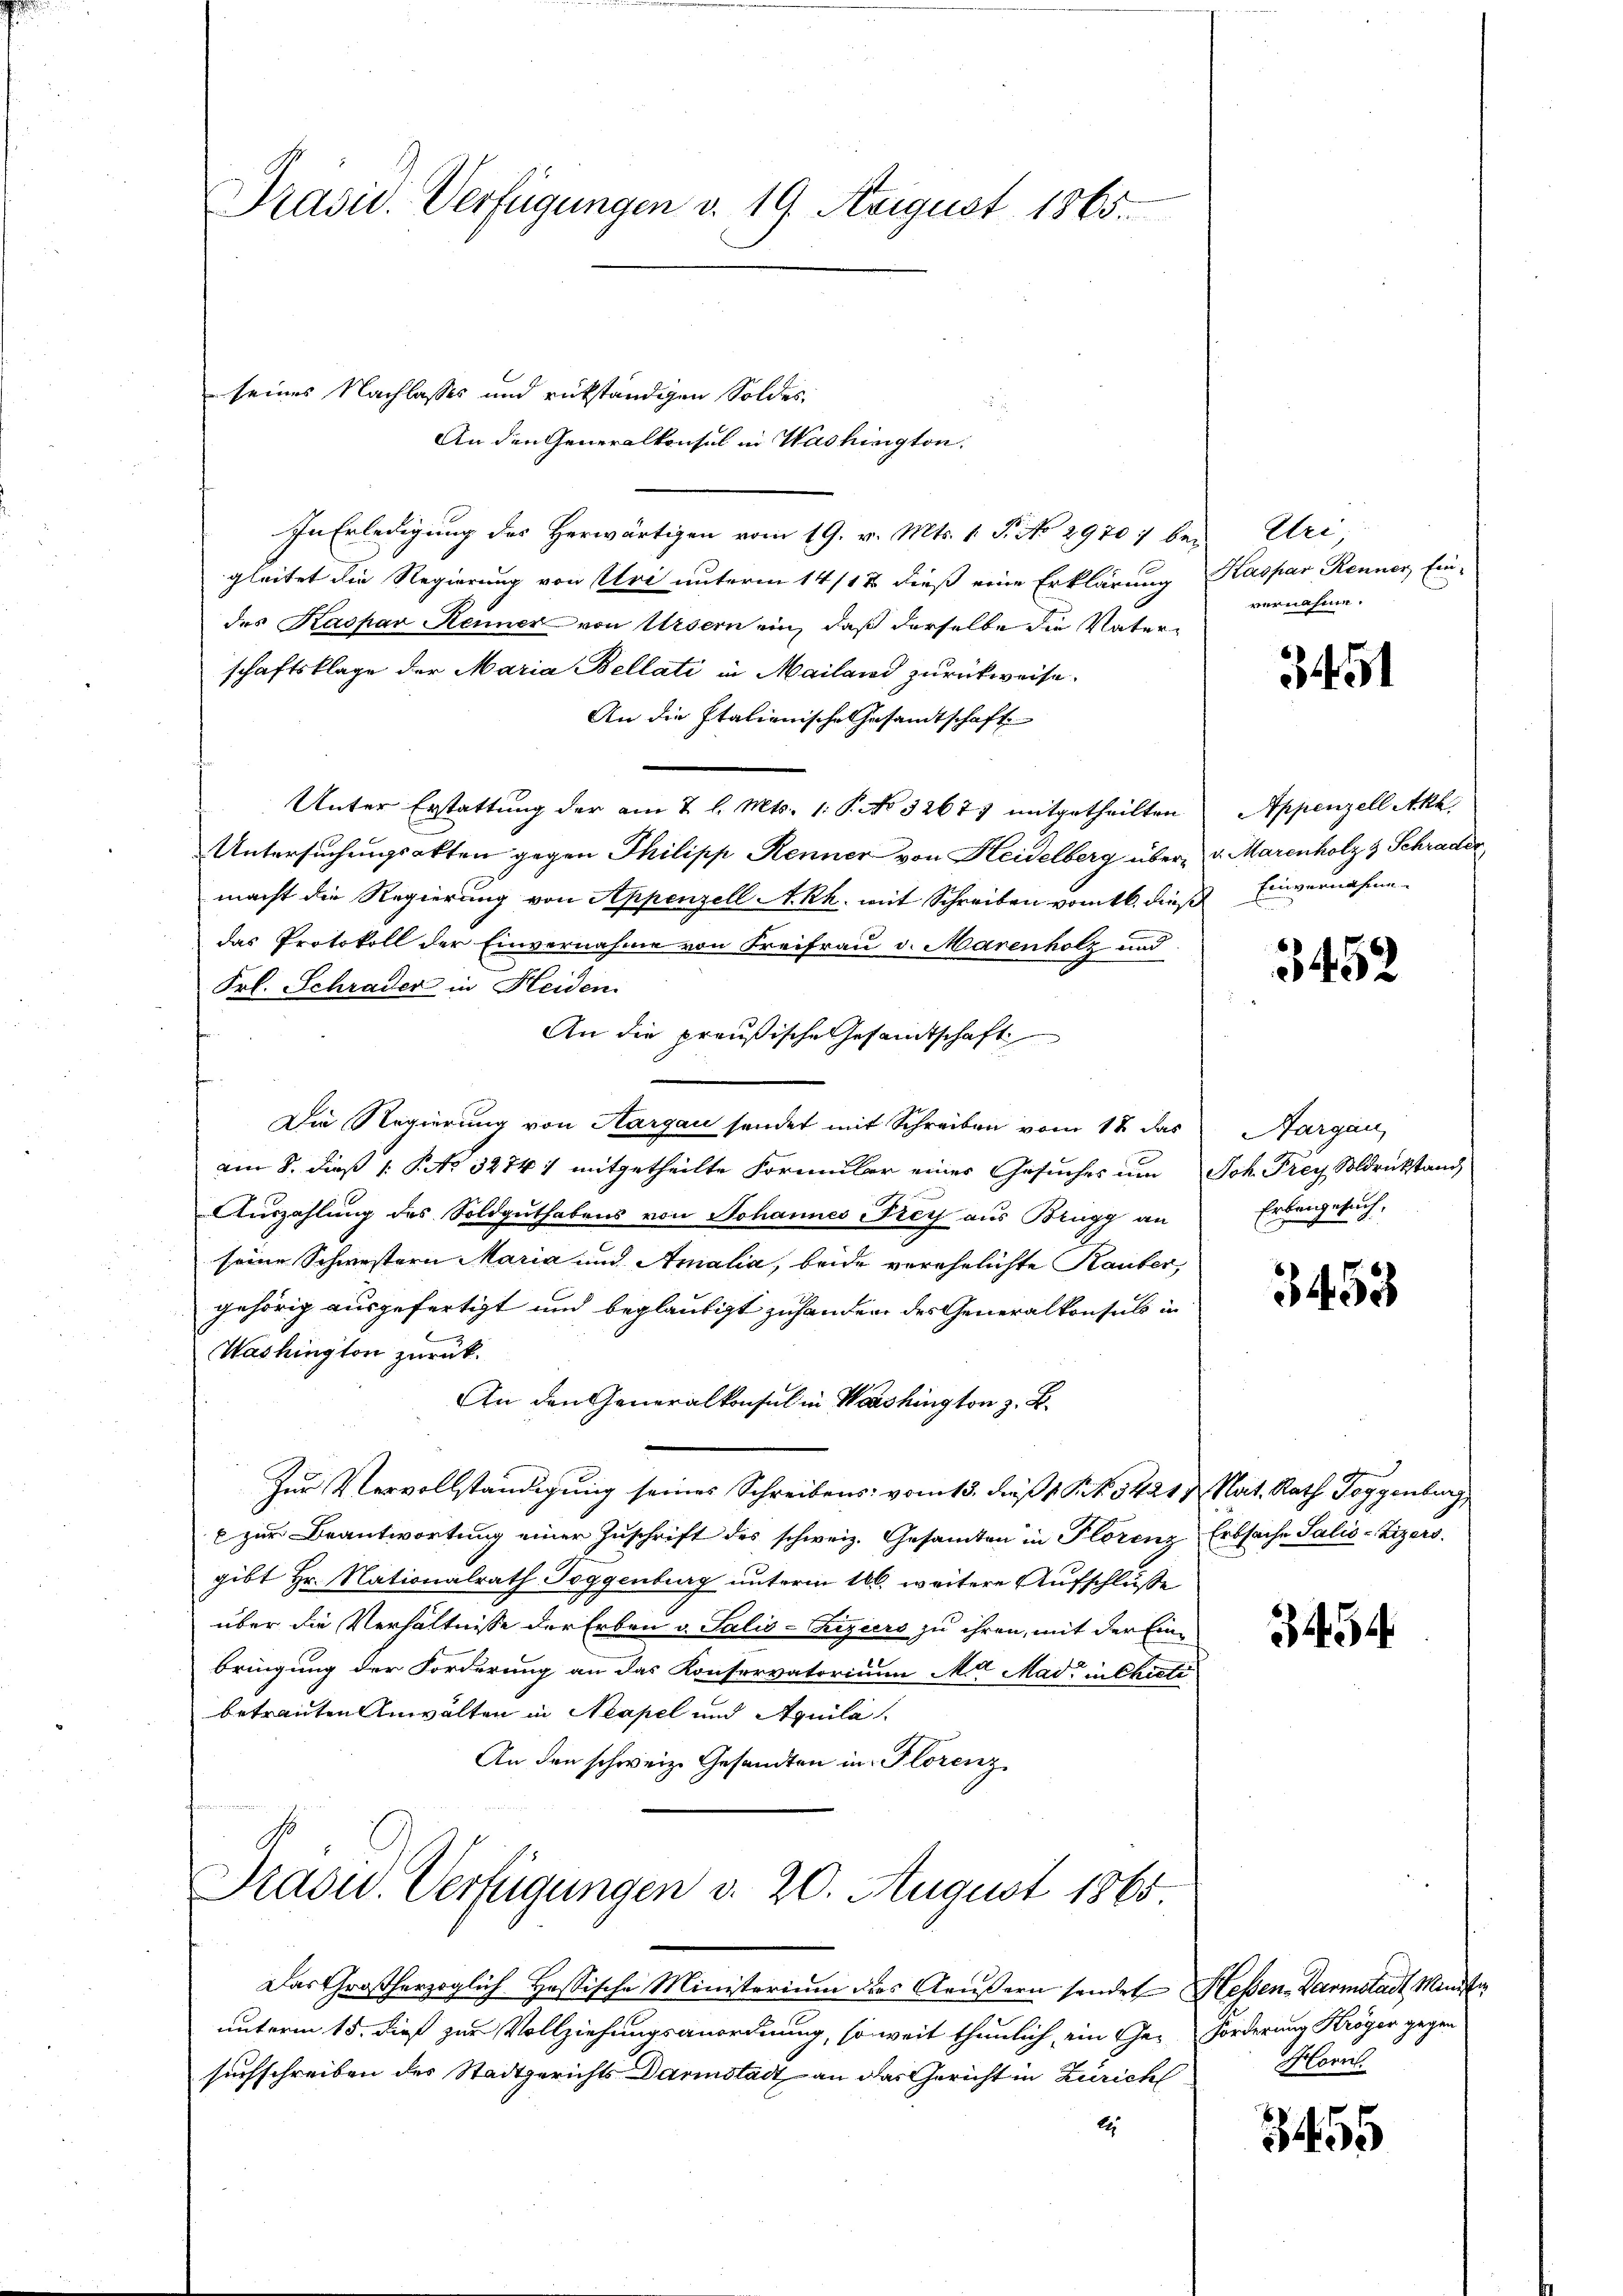
Prasid. Verfügungen v. 19. Avigust 1865.

seines Nachlasses und rückständigen Soldes,
An den Generalkonsul in Washington.
In Erledigung des Herwärtigen vom 19. v. Mts. 1 S. No 2970 begleitet die Regierung von Uri unterm 14/12 dieß eine Erklärung Kaspar Renner, Ein-
des Kaspar Kenner von Ursern ein, daß derselbe die Vaterschaftsklage der Maria Bellati in Mailand zurückweise-
An die Italienische Gesandtschaft
Unter Erstattung der am 7 l. Mts. 1. P. No 3267) mitgetheilten
Untersuchungsakten gegen Philipp Renner von Heidelberg über v. Marenholz & Schrader
macht die Regierung von Appenzell A.Rh. mit Schreiben vom 16. dieß
das Protokoll der Einvernahme von Freifrau v. Marenholz und
Frl. Schrader in Heiden
An die preußische Gesamtschaft
Die Regierung von Aargau sendet mit Schreiben vom 18 das
am 8. dieß 1 P. No 32741 mitgetheilte Formular eines Gesuches um Joh. Frey Soldrückstand,
Auszahlung des Soldguthabens von Johannes Frey aus Brugg an
seine Schwestern Maria und Amalia, beide verehelichte Rauber,
gehörig ausgefertigt und beglaubigt zu handen des Generalkonsuls in
Washington zurück.
An den Generalkonsul in Washington z. B.
Zur Vervollständigung seines Schreibens vom 13. dieß 1 S. 3421 u. Nat. Rath Toggenburg
c zur Beantwortung einer Zuschrift des schweiz. Gesamten in Plorenz Erbsache Salis-Zizers
gibt Hr. Nationalrath Toggenburg unterm 166. weitere Aufschluße
über die Verhältnisse der Erben v. Salis-Riziers zu ihren, mit der Einbringung der Forderung an das Konservatorium Mit Mad: in Chieti
betrauten Anwalten in Neapel und Aquila
An den schweiz. Gesandten in Florenz

Präsid.. Verfügungen v. 20. August 1865.

Das Großherzoglich-Hassische Ministerium das Aeußern sendet Heßen-Darmstadt Minister
unterm 15. dieß zur Vollziehungsanordnung, so weit thunlich, ein Gesuchschreiben des Stadtgerichts Darmstadt an das Gericht in Zürich
2

Uri,
vernahme.

3451

Appenzell Akt
Einvernahme

3452

Aargau,
Erbengesuch,

3458

3454

Förderung Krögen gegen
Horn

3455